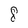
Character: 8